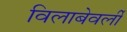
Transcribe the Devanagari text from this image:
विलाबेवर्ली